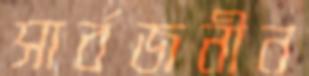
সার্বজনীন